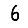
Digit: 6